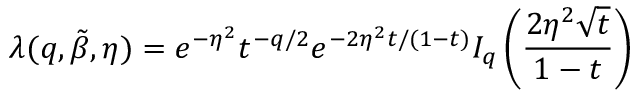
\lambda ( q , \tilde { \beta } , \eta ) = e ^ { - \eta ^ { 2 } } t ^ { - q / 2 } e ^ { - 2 \eta ^ { 2 } t / ( 1 - t ) } I _ { q } \left( \frac { 2 \eta ^ { 2 } \sqrt { t } } { 1 - t } \right)